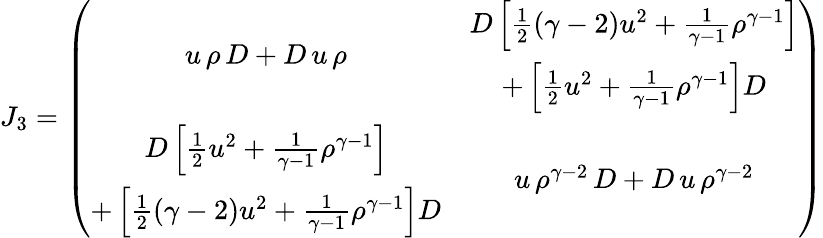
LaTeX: J_{3}=\left(\begin{array}{cc}{{u\, \rho\, D+D\, u\, \rho}}&{{\begin{array}{c}{{D\left[\frac{1}{2}(\gamma-2)u^{2}+\frac{1}{\gamma-1}\rho^{\gamma-1}\right]}}\\ {{+\left[\frac{1}{2}u^{2}+\frac{1}{\gamma-1}\rho^{\gamma-1}\right]D}}\end{array}}}\\ {{\begin{array}{c}{{D\left[\frac{1}{2}u^{2}+\frac{1}{\gamma-1}\rho^{\gamma-1}\right]}}\\ {{+\left[\frac{1}{2}(\gamma-2)u^{2}+\frac{1}{\gamma-1}\rho^{\gamma-1}\right]D}}\end{array}}}&{{u\, \rho^{\gamma-2}\, D+D\, u\, \rho^{\gamma-2}}}\end{array}\right)